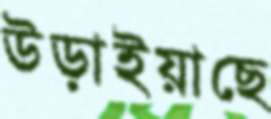
উড়াইয়াছে